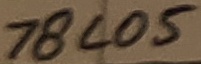
Text: 78L05